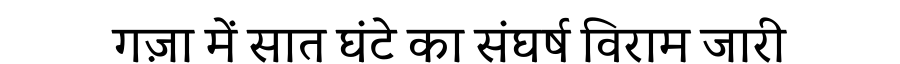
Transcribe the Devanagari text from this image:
गज़ा में सात घंटे का संघर्ष विराम जारी